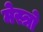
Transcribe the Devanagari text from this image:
मेस्त्रो